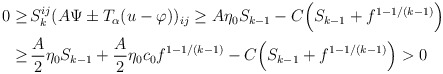
\begin{align*}\begin{aligned}0 \geq \,& S_k^{ij} (A \Psi \pm T_\alpha (u - \varphi))_{ij} \geq A \eta_0 S_{k - 1} - C \Big(S_{k - 1} + f^{1 - 1/ (k - 1)}\Big)\\ \geq \,& \frac{A}{2} \eta_0 S_{k-1} + \frac{A}{2} \eta_0 c_0 f^{1 - 1/ (k - 1)} - C \Big(S_{k - 1} + f^{1 - 1/ (k - 1)}\Big) > 0\end{aligned}\end{align*}